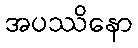
အပဿိနော